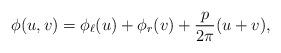
LaTeX: \begin{align*} \phi(u, v) = \phi_\ell(u) + \phi_r(v) + \frac{p}{2\pi}(u + v),\end{align*}